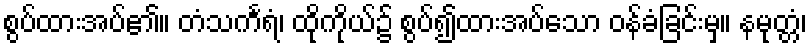
စွပ်ထားအပ်၏။ တံသင်္ကရံ၊ ထိုကိုယ်၌ စွပ်၍ထားအပ်သော ဝန်ခံခြင်းမှ။ နမုတ္တံ၊